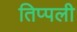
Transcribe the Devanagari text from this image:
तिप्पली